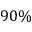
9 0 \%